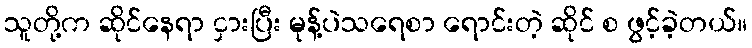
သူတို့က ဆိုင်နေရာ ငှားပြီး မုန့်ပဲသရေစာ ရောင်းတဲ့ ဆိုင် စ ဖွင့်ခဲ့တယ်။